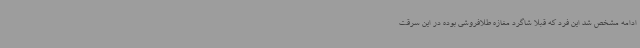
ادامه مشخص شد این فرد که قبلا شاگرد مغازه طلافروشی بوده در این سرقت